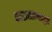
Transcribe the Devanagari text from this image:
काराखान्यामुळे